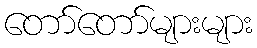
တော်တော်များများ